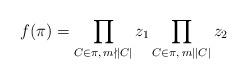
LaTeX: \begin{align*}f(\pi) = \prod_{C \in \pi,\, m \nmid \left| C \right|} z_1 \prod_{C \in \pi, \, m \mid \left| C \right|} z_2\end{align*}